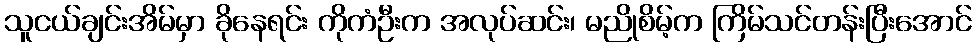
သူငယ်ချင်းအိမ်မှာ ခိုနေရင်း ကိုကံဦးက အလုပ်ဆင်း၊ မညိုစိမ့်က ကြိမ်သင်တန်းပြီးအောင်